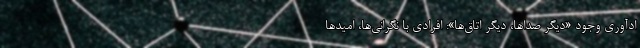
ادآوری وجود «دیگر صداها، دیگر اتاق‌ها»: افرادی با نگرانی‌ها، امیدها